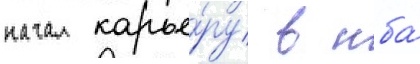
начал карье́ру в нба́